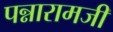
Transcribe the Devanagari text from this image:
पन्नारामजी